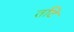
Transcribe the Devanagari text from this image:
तटि